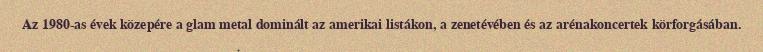
Az 1980-as évek közepére a glam metal dominált az amerikai listákon, a zenetévében és az arénakoncertek körforgásában.